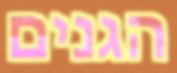
הגנים